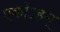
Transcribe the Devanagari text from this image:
एकोऽहम्